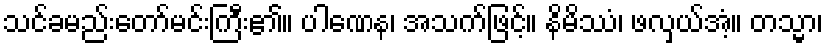
သင်ခမည်းတော်မင်းကြီး၏။ ပါဏေန၊ အသက်ဖြင့်။ နိမိဿံ၊ ဖလှယ်အံ့။ တသ္မာ၊